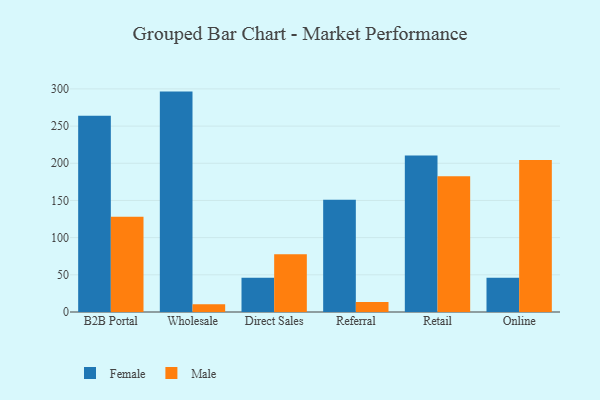
{"axis": {"x": "Channel", "y": "Operating Costs (USD K)"}, "legend": ["Female", "Male"], "data": [{"x": "B2B Portal", "y": 263.8, "type": "Female"}, {"x": "B2B Portal", "y": 128.1, "type": "Male"}, {"x": "Wholesale", "y": 296.4, "type": "Female"}, {"x": "Wholesale", "y": 10.5, "type": "Male"}, {"x": "Direct Sales", "y": 45.9, "type": "Female"}, {"x": "Direct Sales", "y": 77.6, "type": "Male"}, {"x": "Referral", "y": 151.1, "type": "Female"}, {"x": "Referral", "y": 13.6, "type": "Male"}, {"x": "Retail", "y": 210.4, "type": "Female"}, {"x": "Retail", "y": 182.7, "type": "Male"}, {"x": "Online", "y": 45.9, "type": "Female"}, {"x": "Online", "y": 204.5, "type": "Male"}]}